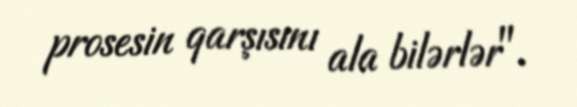
prosesin qarşısını ala bilərlər".